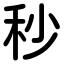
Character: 秒